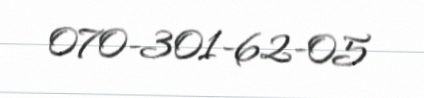
070-301-62-05